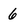
Character: 6